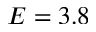
E = 3 . 8